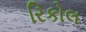
રિકોલ